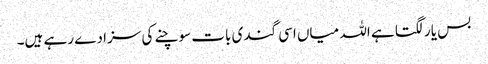
بس یار لگتا ہے اللہ میاں اسی گندی بات سوچنے کی سزا دے رہے ہیں۔